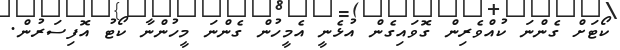
ކޯޓަށް ގެންނަ ކުއްވެރިން ގޮވައިގެން އުޅެނީ އެމީހުން ގެންނަ މީހުންނާ ކޯޓު އޮފިސަރުން.